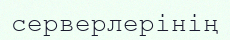
серверлерінің